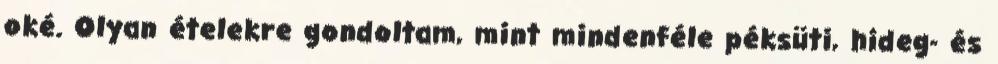
oké. Olyan ételekre gondoltam, mint mindenféle péksüti, hideg- és